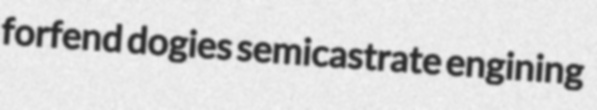
forfend dogies semicastrate engining